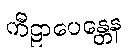
ကီဠာပေန္တေန